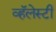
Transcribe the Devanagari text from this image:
व्हॅलेस्टी